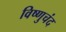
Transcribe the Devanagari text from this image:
विष्णुचंद